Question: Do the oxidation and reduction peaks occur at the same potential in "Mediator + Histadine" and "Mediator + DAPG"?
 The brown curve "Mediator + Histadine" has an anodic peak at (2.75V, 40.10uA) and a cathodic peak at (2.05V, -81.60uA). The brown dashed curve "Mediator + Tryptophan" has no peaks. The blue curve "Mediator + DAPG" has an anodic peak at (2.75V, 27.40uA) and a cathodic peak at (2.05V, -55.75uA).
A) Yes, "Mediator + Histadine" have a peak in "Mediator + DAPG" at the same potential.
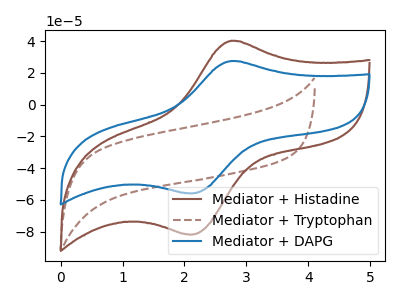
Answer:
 <answer>A) Yes, "Mediator + Histadine" have a peak in "Mediator + DAPG" at the same potential.</answer>
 <eval>A</eval>